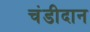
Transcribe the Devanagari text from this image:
चंडीदान